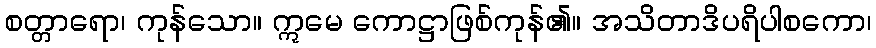
စတ္တာရော၊ ကုန်သော။ ဣမေ ကောဋ္ဌာဖြစ်ကုန်၏။ အသိတာဒိပရိပါစကော၊